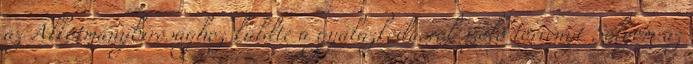
az Alkotmánybírósághoz küldte a gyalázkodásról szóló törvényt Sólyom az